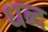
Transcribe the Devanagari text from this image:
धब्द